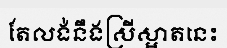
តែលង់នឹងស្រីស្អាតនេះ